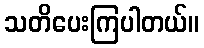
သတိပေးကြပါတယ်။